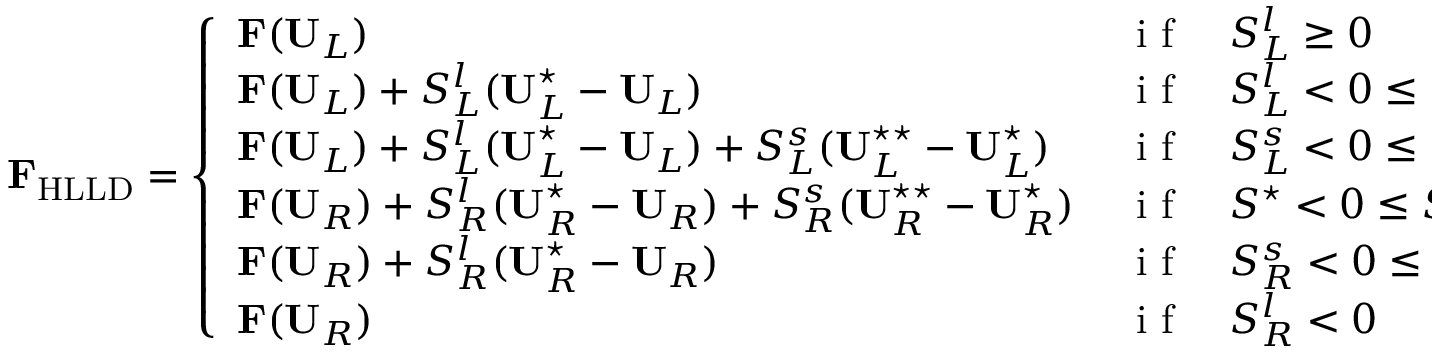
\mathbf { F } _ { \mathrm { H L L D } } = \left\{ \begin{array} { l l } { \mathbf { F } ( \mathbf { U } _ { L } ) \, } & { \mathrm { ~ i ~ f ~ } \quad S _ { L } ^ { l } \geq 0 } \\ { \mathbf { F } ( \mathbf { U } _ { L } ) + S _ { L } ^ { l } ( \mathbf { U } _ { L } ^ { \star } - \mathbf { U } _ { L } ) \, } & { \mathrm { ~ i ~ f ~ } \quad S _ { L } ^ { l } < 0 \leq S _ { L } ^ { s } } \\ { \mathbf { F } ( \mathbf { U } _ { L } ) + S _ { L } ^ { l } ( \mathbf { U } _ { L } ^ { \star } - \mathbf { U } _ { L } ) + S _ { L } ^ { s } ( \mathbf { U } _ { L } ^ { \star \star } - \mathbf { U } _ { L } ^ { \star } ) \, } & { \mathrm { ~ i ~ f ~ } \quad S _ { L } ^ { s } < 0 \leq S ^ { \star } } \\ { \mathbf { F } ( \mathbf { U } _ { R } ) + S _ { R } ^ { l } ( \mathbf { U } _ { R } ^ { \star } - \mathbf { U } _ { R } ) + S _ { R } ^ { s } ( \mathbf { U } _ { R } ^ { \star \star } - \mathbf { U } _ { R } ^ { \star } ) \, } & { \mathrm { ~ i ~ f ~ } \quad S ^ { \star } < 0 \leq S _ { R } ^ { s } } \\ { \mathbf { F } ( \mathbf { U } _ { R } ) + S _ { R } ^ { l } ( \mathbf { U } _ { R } ^ { \star } - \mathbf { U } _ { R } ) \, } & { \mathrm { ~ i ~ f ~ } \quad S _ { R } ^ { s } < 0 \leq S _ { R } ^ { l } } \\ { \mathbf { F } ( \mathbf { U } _ { R } ) \, } & { \mathrm { ~ i ~ f ~ } \quad S _ { R } ^ { l } < 0 } \end{array} \right.